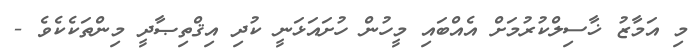
މި އަމާޒު ޚާސިލްކުރުމަށް އެއްބައި މީހުން ހުށައަޅަނީ ކުދި އިޤްތިޞާދީ މިންތަކެކެވެ -